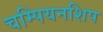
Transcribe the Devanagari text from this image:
चम्पियनशिप